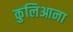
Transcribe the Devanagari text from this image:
कुलिआना